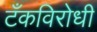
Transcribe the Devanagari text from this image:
टँकविरोधी